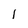
Character: 1